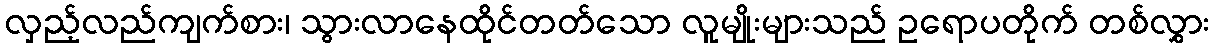
လှည့်လည်ကျက်စား၊ သွားလာနေထိုင်တတ်သော လူမျိုးများသည် ဥရောပတိုက် တစ်လွှား